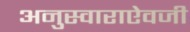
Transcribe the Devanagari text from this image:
अनुस्वाराऐवजी